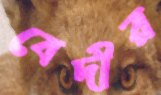
বেদীর